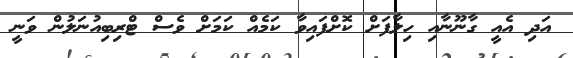
އަދި އެއީ ގާނޫނާއި ހިލާފަށް ކޮށްފައިވާ ކަމެއް ކަމަށް ވެސް ޓްރިބިއުނަލުން ވަނީ